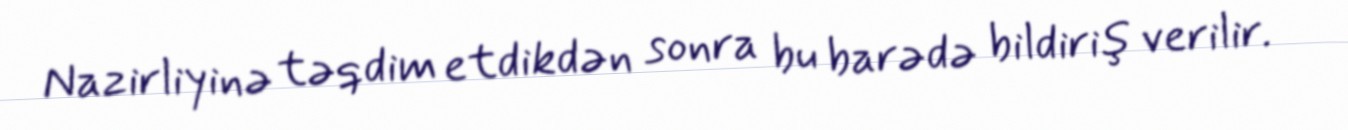
Nazirliyinə təqdim etdikdən sonra bu barədə bildiriş verilir.